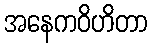
အနေကဝိဟိတာ